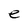
Character: e